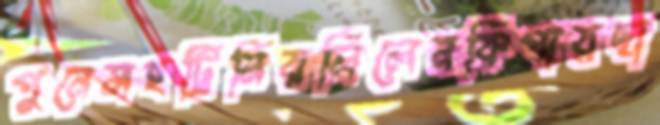
পুনেসহট্রিনিরলিলেনকিপারছা